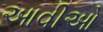
આવીઓ